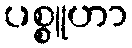
ပစ္စူဟာ